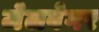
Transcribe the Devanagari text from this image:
जेलवेगर